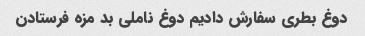
دوغ بطری سفارش دادیم دوغ ناملی بد مزه فرستادن